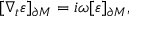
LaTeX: [ \nabla _ { t } \varepsilon ] _ { \partial M } = i \omega [ \varepsilon ] _ { \partial M } ,